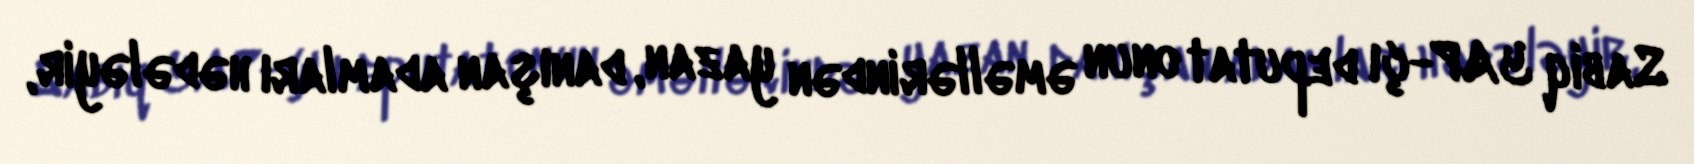
Sabiq YAP-çı deputat onun əməllərindən yazan, danışan adamları hədələyir,